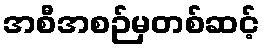
အစီအစဉ်မှတစ်ဆင့်